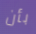
بأن